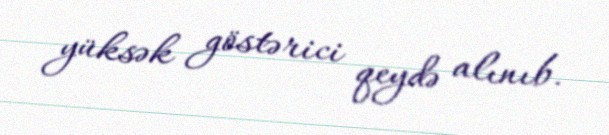
yüksək göstərici qeydə alınıb.